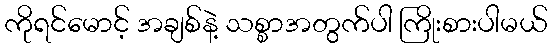
ကိုရင်မောင့် အချစ်နဲ့ သစ္စာအတွက်ပါ ကြိုးစားပါမယ်